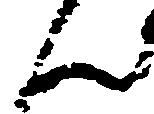
ん